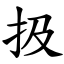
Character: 扱